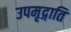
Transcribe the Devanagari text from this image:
उपमृद्गाति